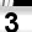
Digit: 3